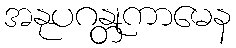
အနုပဂန္တုကာမေန